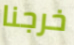
خرجنا